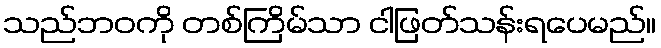
သည်ဘဝကို တစ်ကြိမ်သာ ငါဖြတ်သန်းရပေမည်။